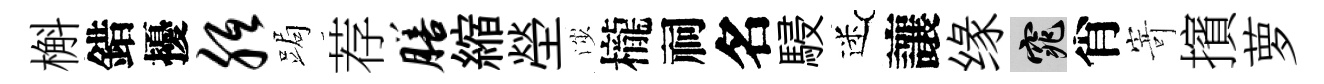
槲錯擾胝跼荐膳縮塋渉櫳祠名駸迷讓缘窕肖𭔃擯萝